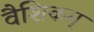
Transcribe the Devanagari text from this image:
वैशिकम्